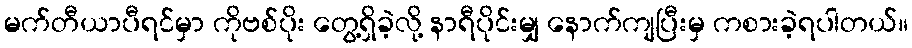
မက်တီယာပီရင်မှာ ကိုဗစ်ပိုး တွေ့ရှိခဲ့လို့ နာရီပိုင်းမျှ နောက်ကျပြီးမှ ကစားခဲ့ရပါတယ်။